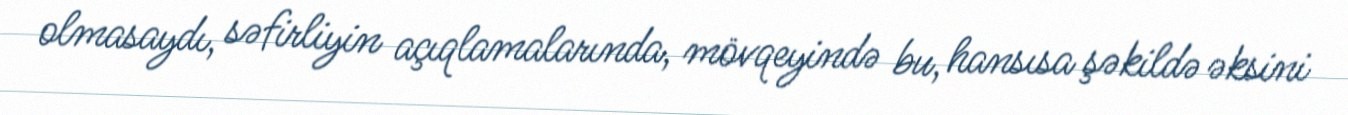
olmasaydı, səfirliyin açıqlamalarında, mövqeyində bu, hansısa şəkildə əksini